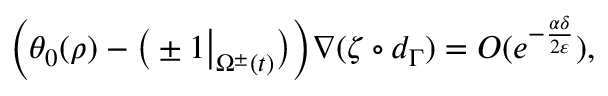
\begin{array} { r } { \bigg ( \theta _ { 0 } ( \rho ) - \big ( \pm 1 \big | _ { \Omega ^ { \pm } ( t ) } \big ) \bigg ) \nabla ( \zeta \circ d _ { \Gamma } ) = O ( e ^ { - \frac { \alpha \delta } { 2 \varepsilon } } ) , } \end{array}